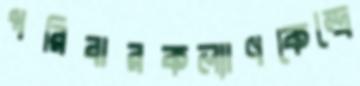
পরিবারকল্যাণকেন্দ্রে